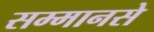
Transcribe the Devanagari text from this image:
सम्मानसे